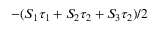
- ( S _ { 1 } \tau _ { 1 } + S _ { 2 } \tau _ { 2 } + S _ { 3 } \tau _ { 2 } ) / 2